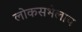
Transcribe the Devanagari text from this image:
लोकसभेलाच